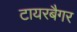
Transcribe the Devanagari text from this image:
टायरबैगर